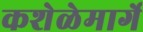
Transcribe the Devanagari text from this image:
कशेळेमार्गे